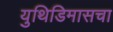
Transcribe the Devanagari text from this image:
युथिडिमासचा